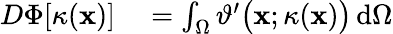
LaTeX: \begin{array}{rl}{D\Phi[\kappa(\mathbf{x})]}&{{}=\int_{\Omega}\vartheta^{\prime}\big(\mathbf{x};\kappa(\mathbf{x})\big)\, \mathrm{d}\Omega}\end{array}